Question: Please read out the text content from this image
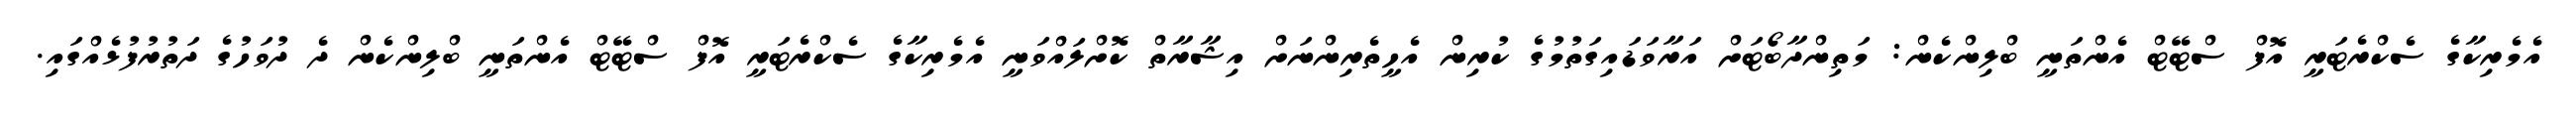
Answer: އެމެރިކާގެ ސެކްރެޓަރީ އޮފް ސްޓޭޓް އެންތަނީ ބްލިންކެން: މަތިންދާބޯޓަށް އަރާވަޑައިގަތުމުގެ ކުރިން އެހީތެރިންނަށް އިޝާރާތް ކޮށްލައްވަނީ އެމެރިކާގެ ސެކްރެޓަރީ އޮފް ސްޓޭޓް އެންތަނީ ބްލިންކެން ދެ ދުވަހުގެ ދަތުރުފުޅެއްގައި.